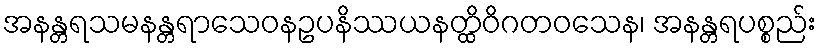
အနန္တရသမနန္တရာသေဝနဥပနိဿယနတ္ထိဝိဂတဝသေန၊ အနန္တရပစ္စည်း